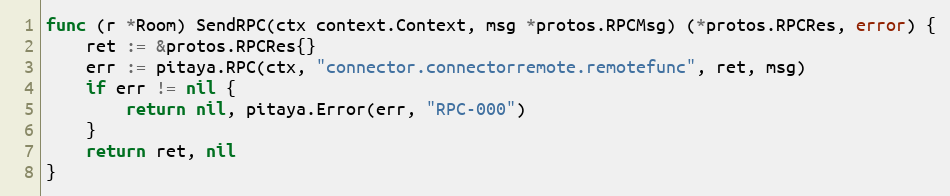
Language: Go
func (r *Room) SendRPC(ctx context.Context, msg *protos.RPCMsg) (*protos.RPCRes, error) {
	ret := &protos.RPCRes{}
	err := pitaya.RPC(ctx, "connector.connectorremote.remotefunc", ret, msg)
	if err != nil {
		return nil, pitaya.Error(err, "RPC-000")
	}
	return ret, nil
}